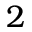
2